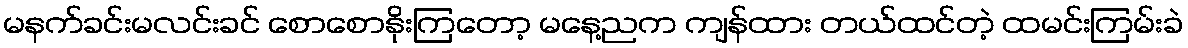
မနက်ခင်းမလင်းခင် စောစောနိုးကြတော့ မနေ့ညက ကျန်ထား တယ်ထင်တဲ့ ထမင်းကြမ်းခဲ